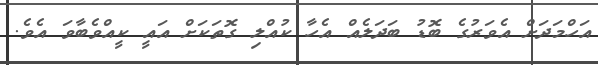
އަހްމަދަށް އެވަރުގެ ބޮޑު ބަދަލެއް އެހާ ކުއްލި ގޮތަކަށް އައީ ކީއްވެބާވަ އެވެ.